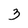
Character: 3